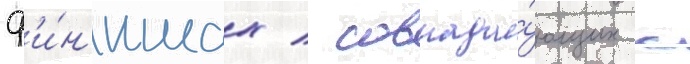
ф'и́н'ишах / совпада́ющих с